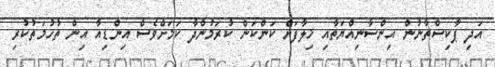
އަދި ޕާކިސްތާނުން އިންސާނިއްޔަތާއި ޚިލާފަށް ކަންކަން ކުރަމުންދާ ކަމަށްވެސް އިންޑިއާ އިން ތުހުމަތުކުރި